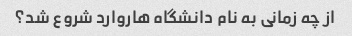
از چه زمانی به نام دانشگاه هاروارد شروع شد؟